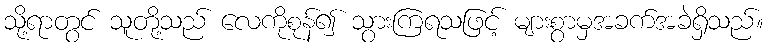
သို့ရာတွင် သူတို့သည် လေကိုစုန်၍ သွားကြရသဖြင့် များစွာမှအခက်အခဲရှိသည်။